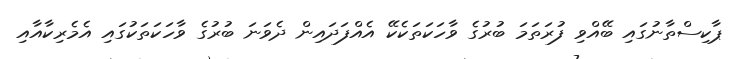
ޕާކިސްތާނުގައި ބޭއްވި ފުރަތަމަ ބުރުގެ ވާހަކަތަކެކޭ އެއްފަދައިން ދެވަނަ ބުރުގެ ވާހަކަތަކުގައި އެމެރިކާއާއި